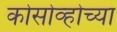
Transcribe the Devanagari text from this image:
कोसोव्होच्या